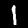
Label: 1